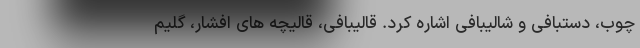
چوب، دستبافی و شالیبافی اشاره کرد. قالیبافی، قالیچه های افشار، گلیم